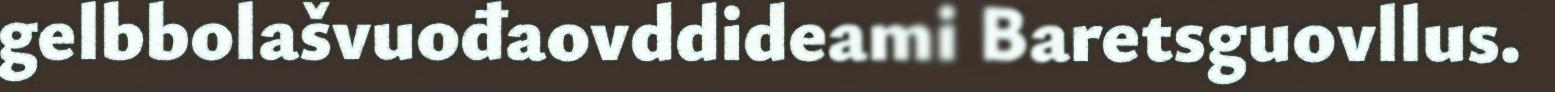
gelbbolašvuođaovddideami Baretsguovllus.